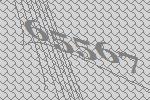
65567